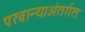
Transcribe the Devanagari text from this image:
परवान्याअंतर्गत